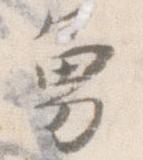
勇